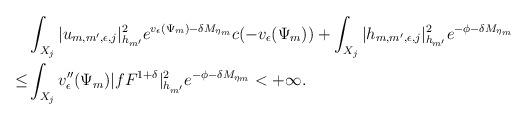
LaTeX: \begin{align*}&\int_{X_j }|u_{m,m',\epsilon,j}|^2_{h_{m'}} e^{v_\epsilon(\Psi_m)-\delta M_{\eta_m}}c(-v_\epsilon(\Psi_m))+\int_{X_j}|h_{m,m',\epsilon,j}|^2_{h_{m'}} e^{-\phi-\delta M_{\eta_m}}\\\le&\int_{X_j}v''_{\epsilon}(\Psi_m)|fF^{1+\delta}|^2_{h_{m'}} e^{-\phi-\delta M_{\eta_m}}<+\infty.\end{align*}